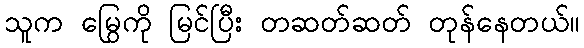
သူက မြွေကို မြင်ပြီး တဆတ်ဆတ် တုန်နေတယ်။